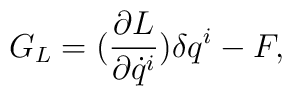
G_L = (\frac{\partial L}{\partial \dot q^i}) \delta q^i - F,